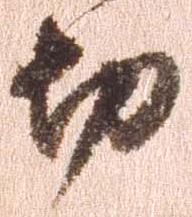
切